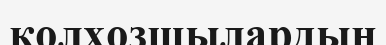
колхозшылардың